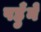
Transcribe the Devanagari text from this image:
पहुँने